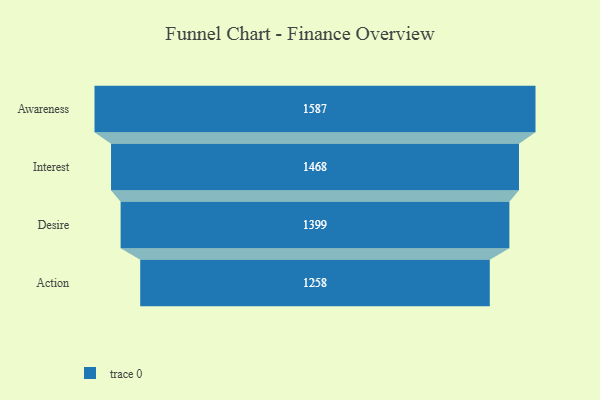
{"axis": {"x": "Stage", "y": "Value"}, "legend": [""], "data": [{"x": "Awareness", "y": 1587.0, "type": ""}, {"x": "Interest", "y": 1468.0, "type": ""}, {"x": "Desire", "y": 1399.0, "type": ""}, {"x": "Action", "y": 1258.0, "type": ""}]}